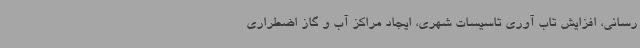
رسانی، افزایش تاب آوری تاسیسات شهری، ایجاد مراکز آب و گاز اضطراری